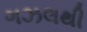
ગઝલથી